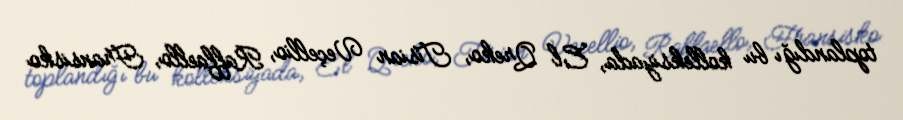
toplandığı bu kolleksiyada, El Qreko, Tisian Veçellio, Raffaello, Fransisko